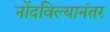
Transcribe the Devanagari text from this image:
नोंदविल्यानंतर